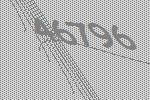
46796